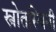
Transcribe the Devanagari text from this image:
स्त्रोतस्विनी